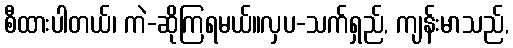
စီထားပါတယ်၊ ကဲ-ဆိုကြရမယ်။လှပ-သက်ရှည်, ကျန်းမာသည်,